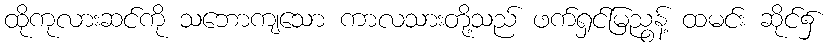
ထိုကုလားဆင်ကို သဘောကျသော ကာလသားတို့သည် ဖက်ရှင်မြညွန့် ထမင်း ဆိုင်၌